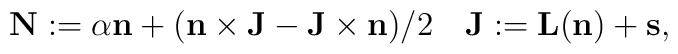
{\bf N}:={\alpha}{\bf n}+({\bf n}\times{\bf J}-{\bf J}\times{\bf n})/2\quad{\bf J}:={\bf L}({\bf n})+{\bf s},